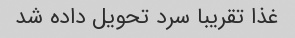
غذا تقریبا سرد تحویل داده شد